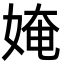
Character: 㛪